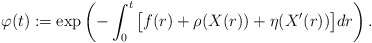
\begin{align*}\varphi(t):=\exp\left(-\int_0^t \big[f(r)+\rho(X(r))+\eta(X^{\prime}(r))\big]dr \right).\end{align*}